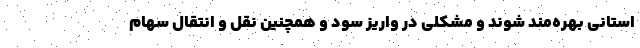
استانی بهره­مند شوند و مشکلی در واریز سود و همچنین نقل و انتقال سهام